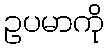
ဥပမာကို